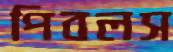
পিবলস